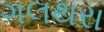
ગલથરા